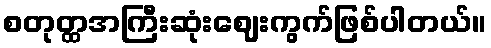
စတုတ္ထအကြီးဆုံးဈေးကွက်ဖြစ်ပါတယ်။